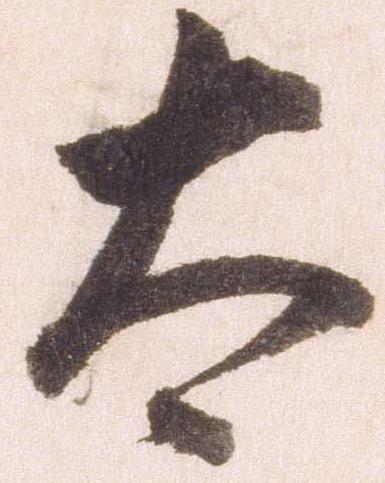
太